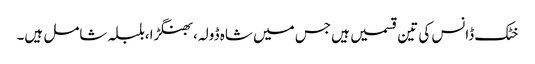
خٹک ڈانس کی تین قسمیں ہیں جس میں شاہ ڈولہ،بھنگڑا،بلبلہ شامل ہیں۔